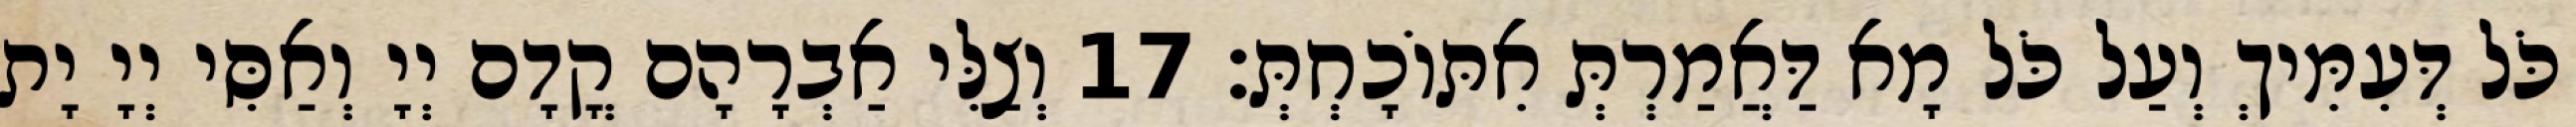
כֹּל דְּעִמִּיךְ וְעַל כֹּל מָא דַּאֲמַרְתְּ אִתּוֹכָחְתְּ׃ 17 וְצַלִּי אַבְרָהָם קֳדָם יְיָ וְאַסִּי יְיָ יָת